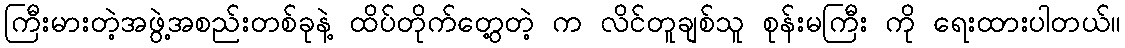
ကြီးမားတဲ့အဖွဲ့အစည်းတစ်ခုနဲ့ ထိပ်တိုက်တွေ့တဲ့ က လိင်တူချစ်သူ စုန်းမကြီး ကို ရေးထားပါတယ်။